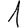
Digit: 1